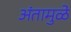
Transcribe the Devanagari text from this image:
अंतामुळे